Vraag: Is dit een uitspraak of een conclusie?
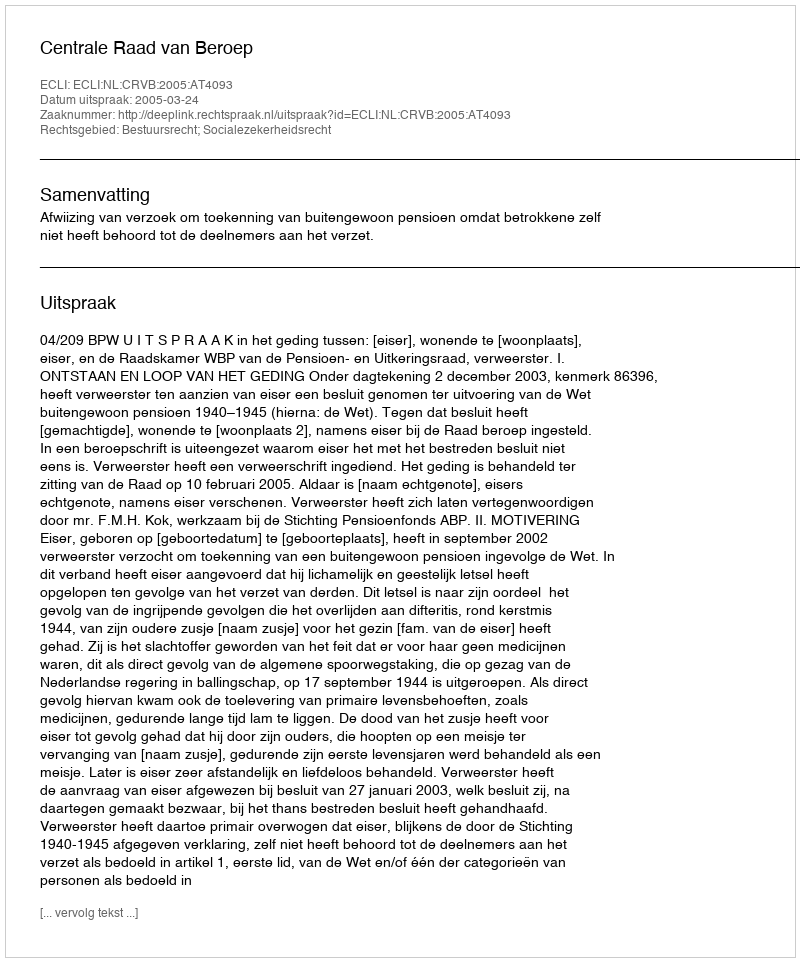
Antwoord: Uitspraak